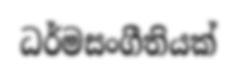
ධර්මසංගීතියක්